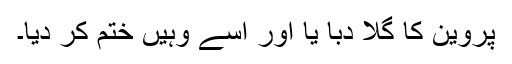
پروین کا گلا دبا یا اور اسے وہیں ختم کر دیا۔